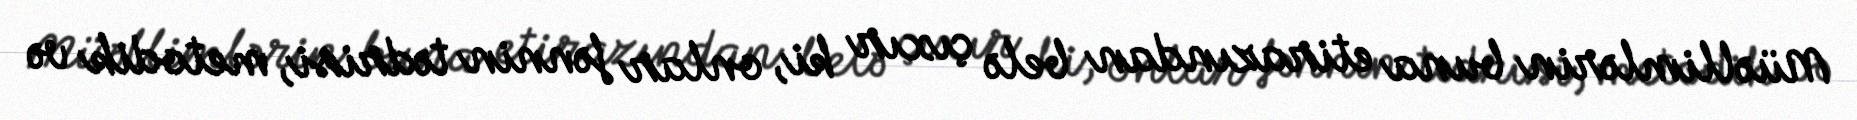
Müəllimlərin buna etirazından belə çıxır ki, onlar fənnin tədrisi, metodik və